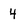
Character: 4